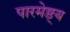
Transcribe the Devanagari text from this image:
पारमेष्ठ्य